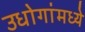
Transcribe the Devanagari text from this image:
उधोगांमध्ये